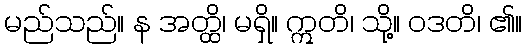
မည်သည်။ န အတ္ထိ၊ မရှိ။ ဣတိ၊ သို့။ ဝဒတိ၊ ၏။